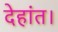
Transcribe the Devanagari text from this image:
देहांत।